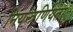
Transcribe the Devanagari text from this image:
नियन्त्रणियता